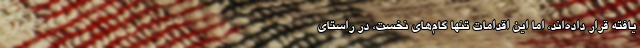
یافته قرار داده‌اند، اما این اقدامات تنها گام‌های نخست، در راستای